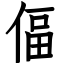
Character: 偪